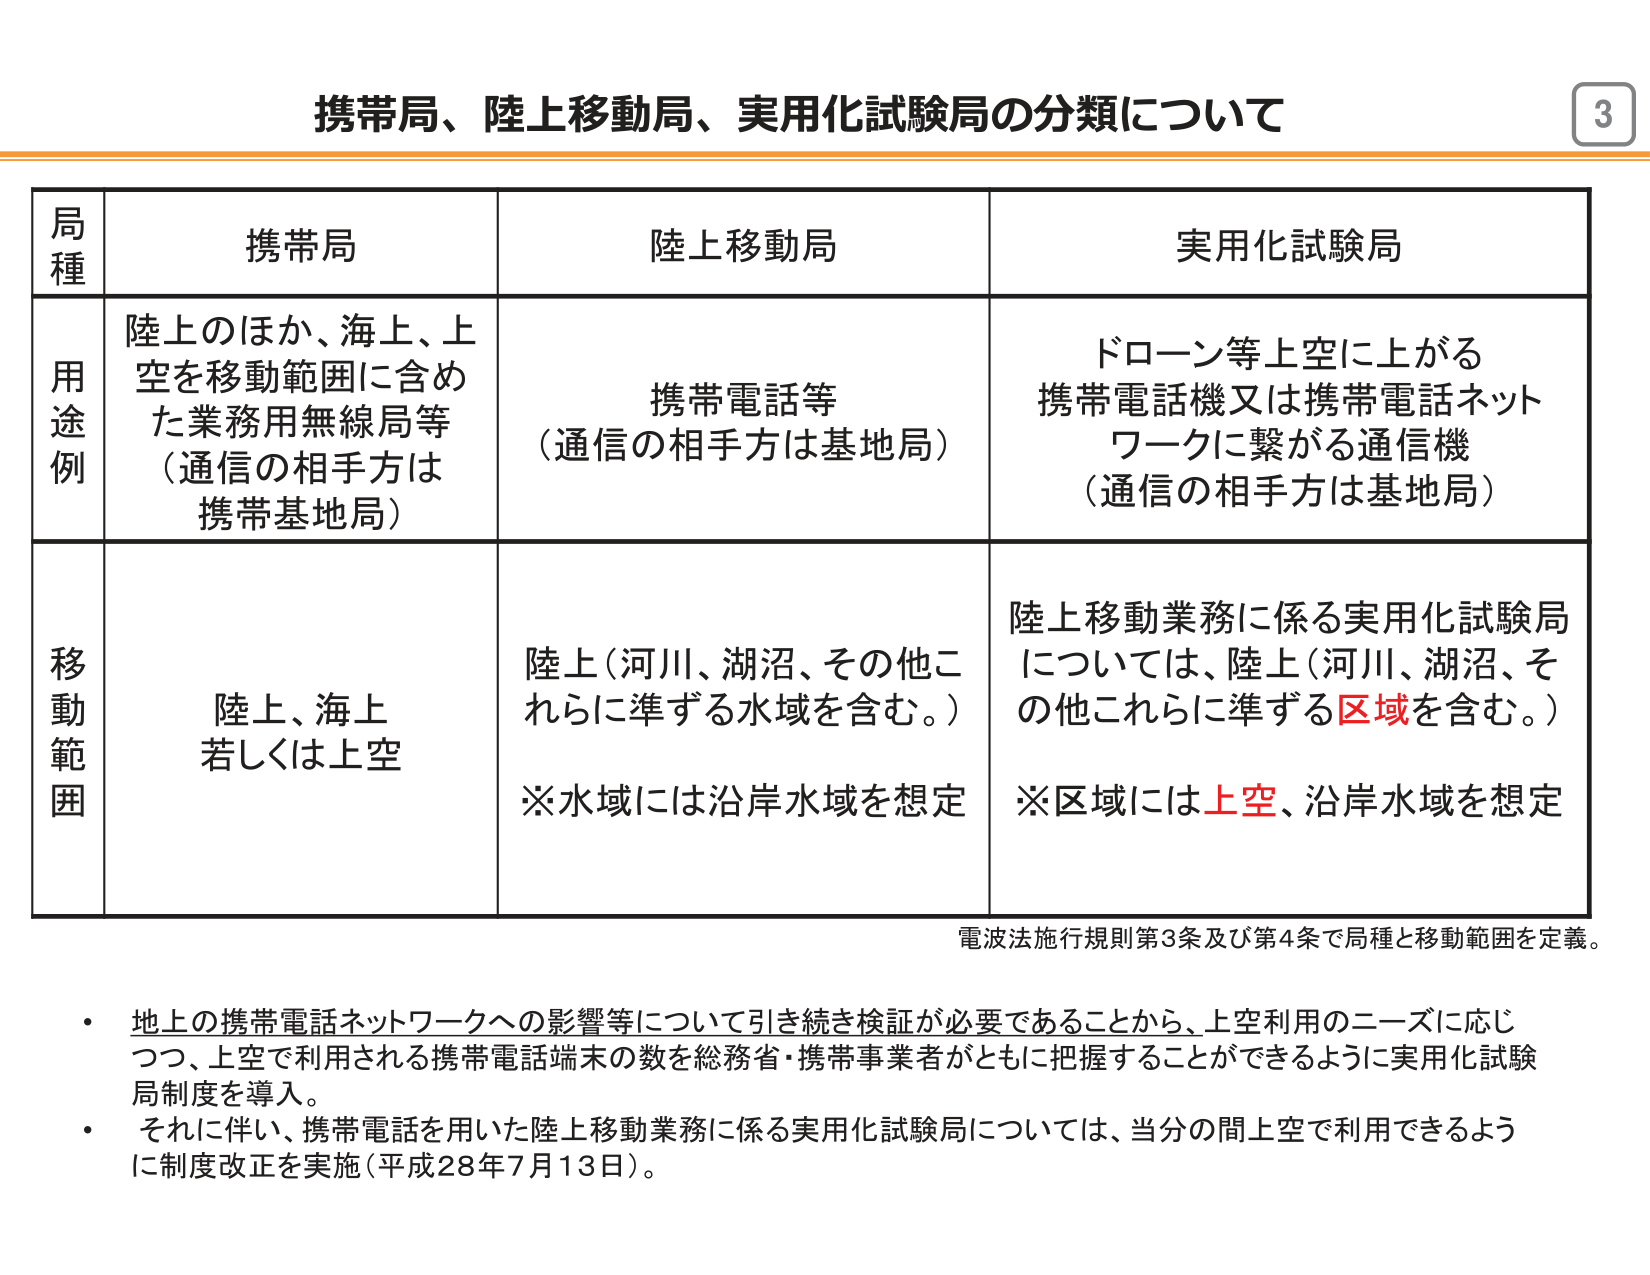
携帯局、陸上移動局、実用化試験局の分類について

3

局種　　　　　　　携帯局　　　　　　　　陸上移動局　　　　　　　　実用化試験局

用途例　　　　　　陸上のほか、海上、上　　　　　　携帯電話等　　　　　　ドローン等上空に上がる
　　　　　　　　　空を移動範囲に含め　　　　　　（通信の相手方は基地局）　携帯電話機又は携帯電話ネット
　　　　　　　　　た業務用無線局等　　　　　　　　　　　　　　　　　　ワークに繋がる通信機
　　　　　　　　　（通信の相手方は　　　　　　　　　　　　　　　　　　（通信の相手方は基地局）
　　　　　　　　　携帯基地局）

移動範囲　　　　　陸上、海上　　　　　　　　陸上（河川、湖沼、その他こ　　　陸上移動業務に係る実用化試験局
　　　　　　　　　若しくは上空　　　　　　　　れらに準ずる水域を含む。）　　については、陸上（河川、湖沼、そ
　　　　　　　　　　　　　　　　　　　　　　　　※水域には沿岸水域を想定　　の他これらに準ずる区域を含む。）
　　　　　　　　　　　　　　　　　　　　　　　　　　　　　　　　　　　　※区域には上空、沿岸水域を想定

電波法施行規則第3条及び第4条で局種と移動範囲を定義。

・地上の携帯電話ネットワークへの影響等について引き続き検証が必要であることから、上空利用のニーズに応じ
　つ、上空で利用される携帯電話端末の数を総務省・携帯事業者がともに把握することができるよう実用化試験
　局制度を導入。
・それに伴い、携帯電話を用いた陸上移動業務に係る実用化試験局については、当分の間上空で利用できるよう
　に制度改正を実施（平成28年7月13日）。